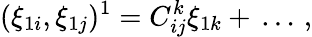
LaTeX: (\xi_{1i},\xi_{1j})^{1}=C_{ij}^{k}\xi_{1k}+\, \ldots\, ,